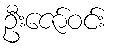
ဦးဇော်ဝင်း